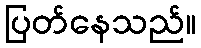
ပြတ်နေသည်။